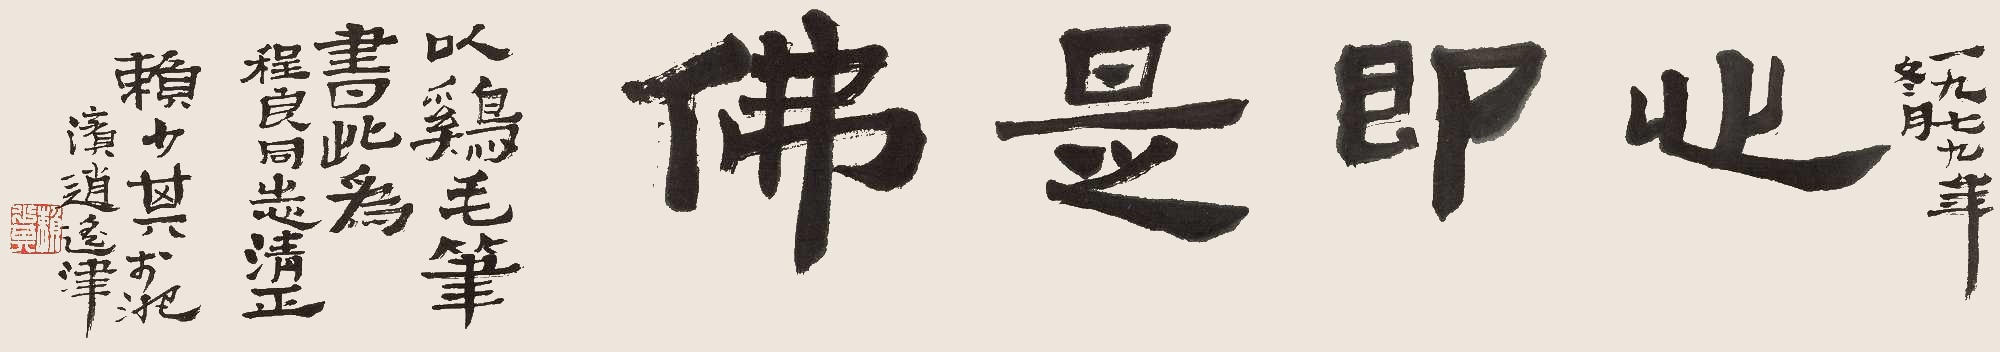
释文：心即是佛一九七九年冬月，以鸡毛笔书此，为程良同志清正。赖少其于淝滨逍遥津。